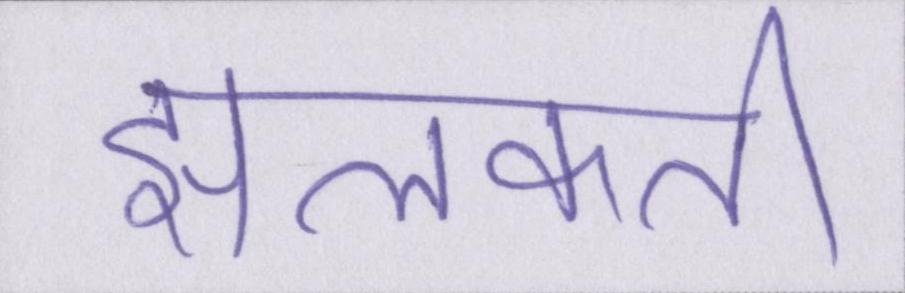
झलकती